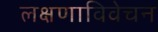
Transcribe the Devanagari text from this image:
लक्षणाविवेचन